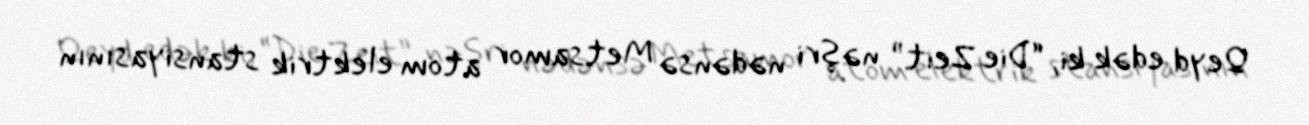
Qeyd edək ki, “Die Zeit” nəşri nədənsə Metsamor atom elektrik stansiyasının